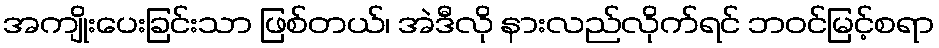
အကျိုးပေးခြင်းသာ ဖြစ်တယ်၊ အဲဒီလို နားလည်လိုက်ရင် ဘဝင်မြင့်စရာ